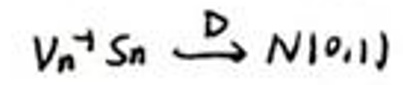
$v_{n} \stackrel{D}{\rightarrow} S_{n} \stackrel{D}{\rightarrow} N(0,1)$